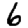
Digit: 6